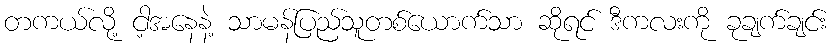
တကယ်လို့ ငါ့အနေနဲ့ သာမန်ပြည်သူတစ်ယောက်သာ ဆိုရင် ဒီကလးကို ခုချက်ချင်း